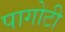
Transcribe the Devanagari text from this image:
पागोटी